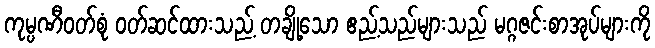
ကုမ္ပဏီဝတ်စုံ ဝတ်ဆင်ထားသည့် တချို့သော ဧည့်သည်များသည် မဂ္ဂဇင်းစာအုပ်များကို